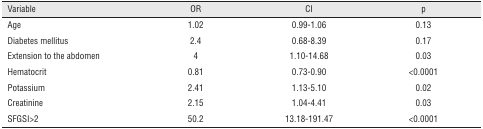
<table><thead><tr><td><b>Variable</b></td><td><b>OR</b></td><td><b>CI</b></td><td><b>p</b></td></tr></thead><tbody><tr><td>Age</td><td>1.02</td><td>0.99-1.06</td><td>0.13</td></tr><tr><td>Diabetes mellitus</td><td>2.4</td><td>0.68-8.39</td><td>0.17</td></tr><tr><td>Extension to the abdomen</td><td>4</td><td>1.10-14.68</td><td>0.03</td></tr><tr><td>Hematocrit</td><td>0.81</td><td>0.73-0.90</td><td>&lt;0.0001</td></tr><tr><td>Potassium</td><td>2.41</td><td>1.13-5.10</td><td>0.02</td></tr><tr><td>Creatinine</td><td>2.15</td><td>1.04-4.41</td><td>0.03</td></tr><tr><td>SFGSI&gt;2</td><td>50.2</td><td>13.18-191.47</td><td>&lt;0.0001</td></tr></tbody></table>